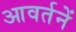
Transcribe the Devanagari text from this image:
आवर्तनें